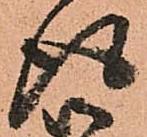
得